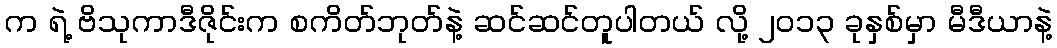
က ရဲ့ ဗိသုကာဒီဇိုင်းက စကိတ်ဘုတ်နဲ့ ဆင်ဆင်တူပါတယ် လို့ ၂၀၁၃ ခုနှစ်မှာ မီဒီယာနဲ့